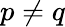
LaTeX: p\neq q